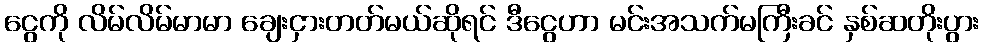
ငွေကို လိမ်လိမ်မာမာ ချေးငှားတတ်မယ်ဆိုရင် ဒီငွေဟာ မင်းအသက်မကြီးခင် နှစ်ဆတိုးပွား